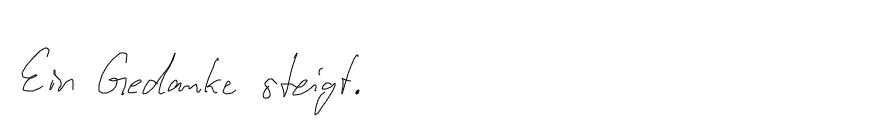
Ein Gedanke steigt.